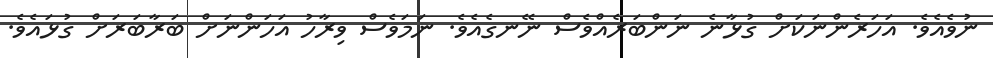
ނުވެއެވެ. އަހަރެންނަކަށް ގުޅާނެ ނަންބަރެއްވެސް ނޭނގެއެވެ. ނަމަވެސް ވިރާހު އަހަންނަށް ބަރާބަރަށް ގުޅައެވެ.